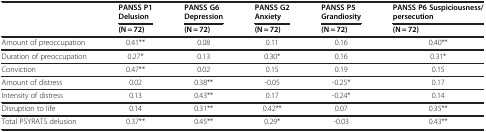
| <ROWSPAN=2>  | PANSS P1 Delusion | PANSS G6 Depression | PANSS G2 Anxiety | PANSS P5 Grandiosity | PANSS P6 Suspiciousness/persecution |
 | (N = 72) | (N = 72) | (N = 72) | (N = 72) | (N = 72) |
 | --- | --- | --- | --- | --- | --- |
 | Amount of preoccupation | 0.41** | 0.08 | 0.11 | 0.16 | 0.40** |
 | Duration of preoccupation | 0.27* | 0.13 | 0.30* | 0.16 | 0.31* |
 | Conviction | 0.47** | 0.02 | 0.15 | 0.19 | 0.15 |
 | Amount of distress | 0.02 | 0.38** | -0.05 | -0.25* | 0.17 |
 | Intensity of distress | 0.13 | 0.43** | 0.17 | -0.24* | 0.14 |
 | Disruption to life | 0.14 | 0.31** | 0.42** | 0.07 | 0.35** |
 | Total PSYRATS delusion | 0.37** | 0.45** | 0.29* | -0.03 | 0.43** |